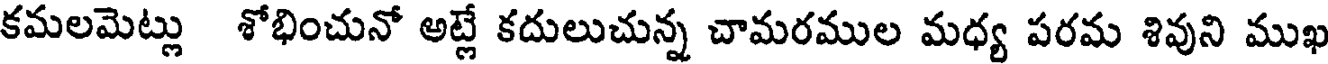
కమలమెట్లు శోభించునో అట్లే కదులుచున్న చామరముల మధ్య పరమ శివుని ముఖ